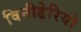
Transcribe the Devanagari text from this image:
विनीडेरियो